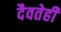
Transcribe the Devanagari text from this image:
दैवतेही